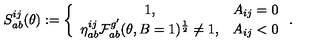
S _ { a b } ^ { i j } ( \theta ) : = \left\{ \begin{array} { c c } { 1 , } & { A _ { i j } = 0 } \\ { \eta _ { a b } ^ { i j } \mathcal { F } _ { a b } ^ { g ^ { \prime } } ( \theta , B = 1 ) ^ { \frac { 1 } { 2 } } \neq 1 , } & { A _ { i j } < 0 } \\ \end{array} \right. .